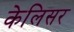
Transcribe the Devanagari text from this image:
केलिसर